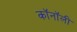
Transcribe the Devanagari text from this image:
कॉनॉली